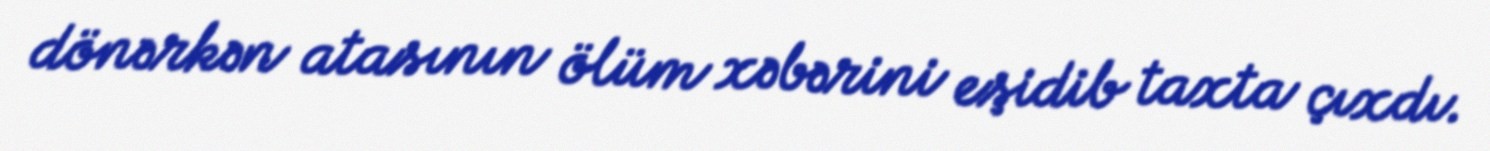
dönərkən atasının ölüm xəbərini eşidib taxta çıxdı.